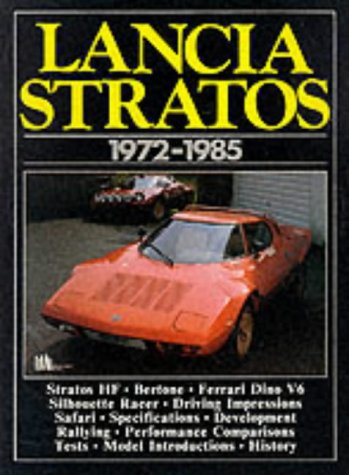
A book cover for Lancia Stratos, 1972-85 (Brooklands Books Road Tests Series); Engineering & Transportation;